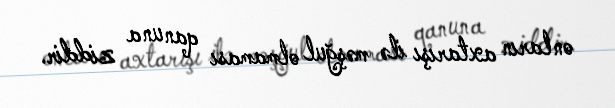
onların axtarışı ilə məşğul olmaması qanuna ziddir.